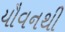
યૌવનથી